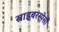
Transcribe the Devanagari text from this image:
साइबरस्पेसों